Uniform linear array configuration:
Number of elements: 8
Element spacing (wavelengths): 0.25
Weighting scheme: blackman
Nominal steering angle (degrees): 60
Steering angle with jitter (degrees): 60.692
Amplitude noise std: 0.05
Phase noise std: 0.05

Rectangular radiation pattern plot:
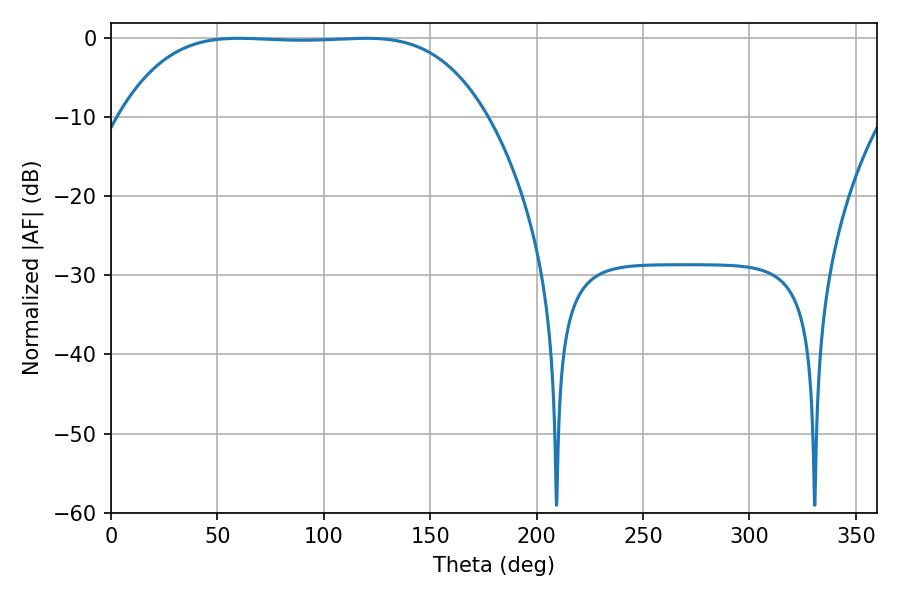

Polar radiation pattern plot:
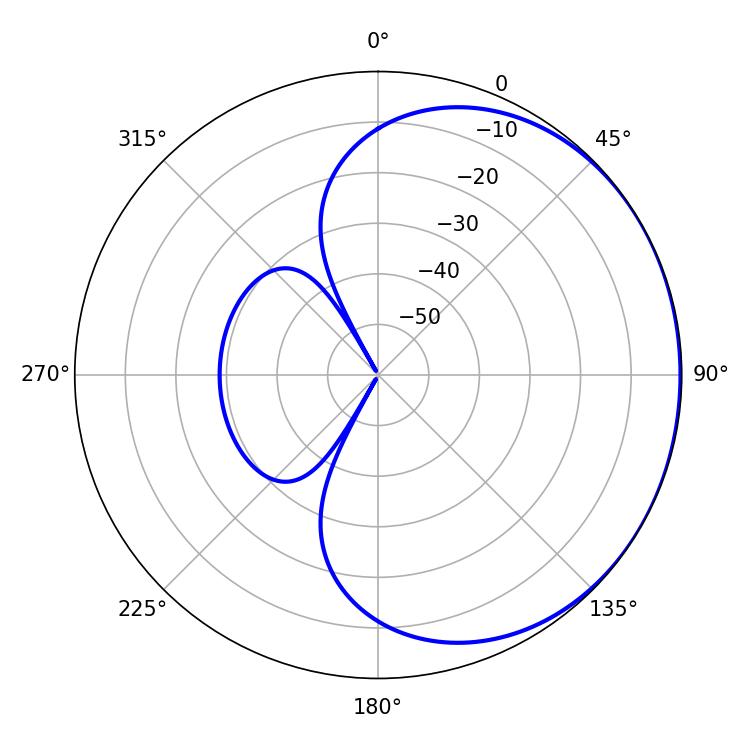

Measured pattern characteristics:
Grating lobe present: FALSE
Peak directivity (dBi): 0.598
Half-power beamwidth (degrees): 132.48
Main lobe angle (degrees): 60.12